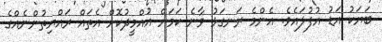
ބަޔަކު އަޑު އުފުލައެވެ. އެންމެ ރަނގަޅު ވާނެ ކަމަށް އުއްމީދުކޮށް އެތައް ރައްޔިތުންނެއްގެ